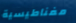
مغناطيسية